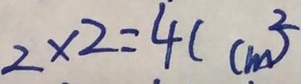
2 \times 2 = 4 ( c m ^ { 3 } )